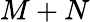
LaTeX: M+N